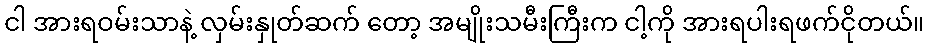
ငါ အားရဝမ်းသာနဲ့ လှမ်းနှုတ်ဆက် တော့ အမျိုးသမီးကြီးက ငါ့ကို အားရပါးရဖက်ငိုတယ်။